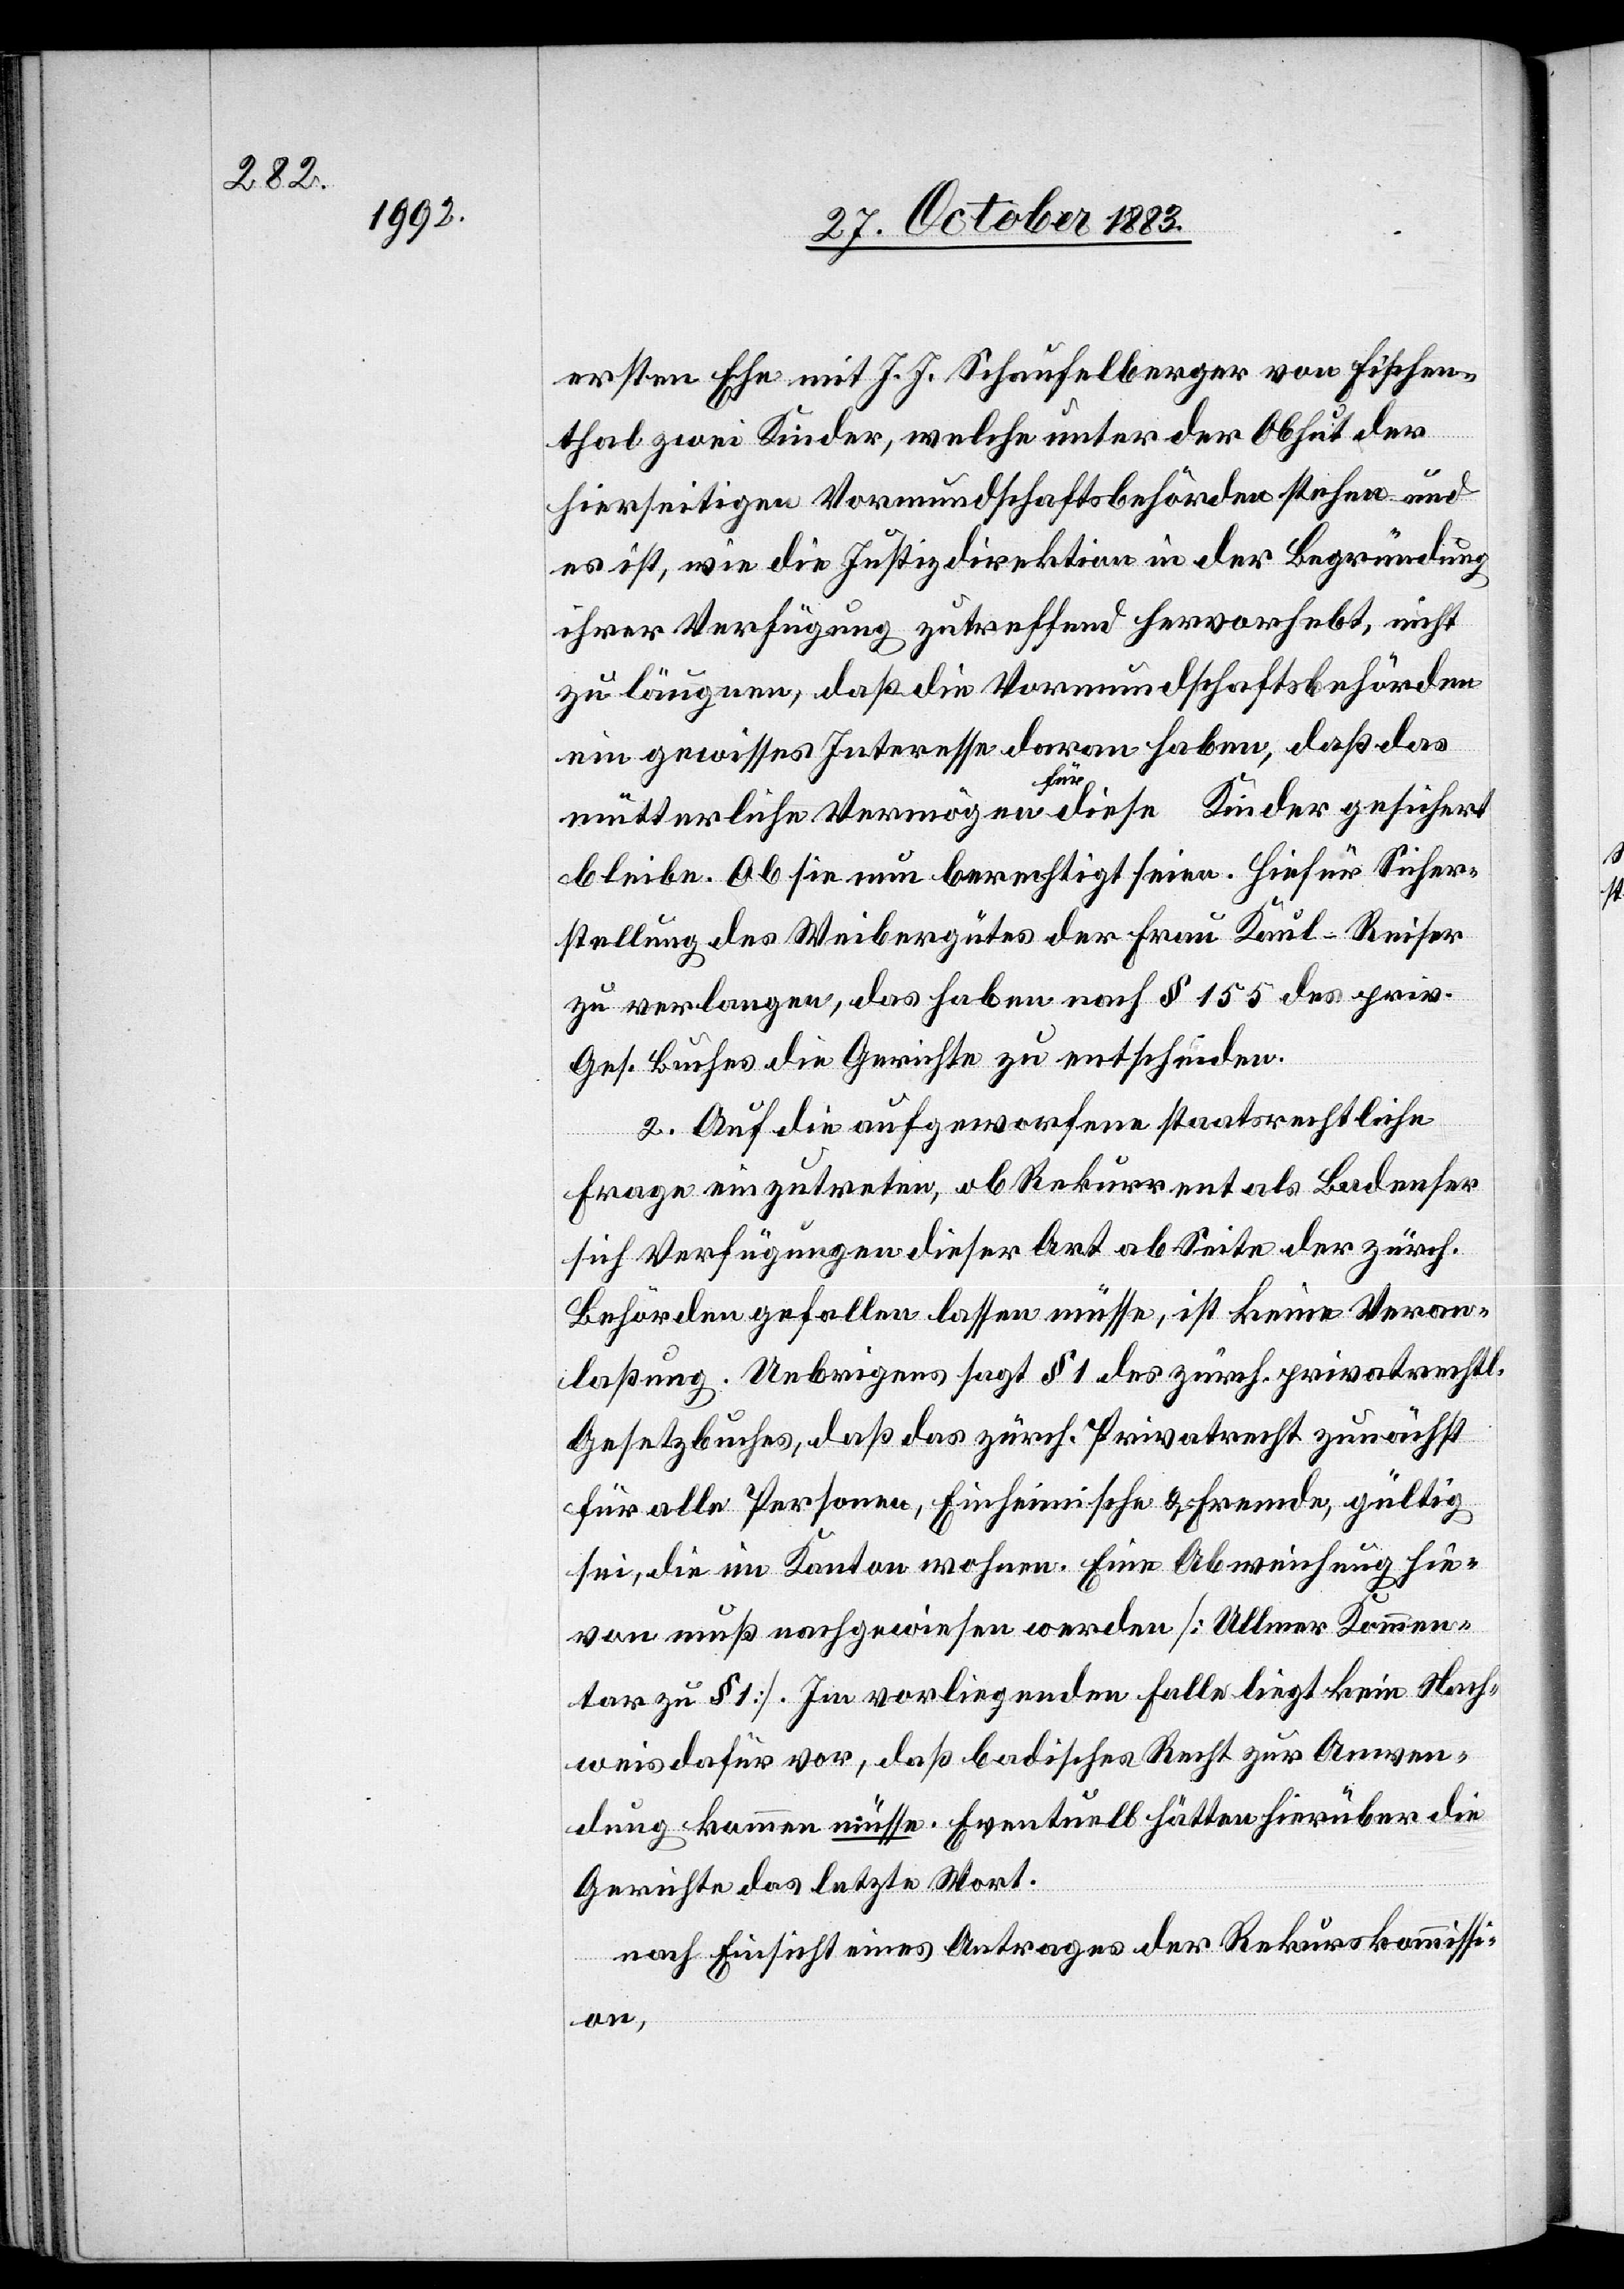
ersten Ehe mit J. J. Schaufelberger von Fischen¬
thal zwei Kinder, welche unter der Obhut der
hierseitigen Vormundschaftsbehörden stehen und
es ist, wie die Justizdirektion in der Begründung
ihrer Verfügung zutreffend hervorhebt, nicht
zu läugnen, daß die Vormundschaftsbehörden
ein gewisses Interesse daran haben, daß das
mütterliche Vermögen für diese Kinder gesichert
bleibe. Ob sie nun berechtigt seien. [sic!] Hiefür Sicher¬
stellung des Weibergutes der Frau Kaul-Reiser
zu verlangen, das haben nach § 155 des priv.
Ges. Buches die Gerichte zu entscheiden.
2. Auf die aufgeworfene staatsrechtliche
Frage einzutreten, ob Rekurrent als Badenser
sich Verfügungen dieser Art ab Seite der zürch.
Behörden gefallen lassen müsse, ist keine Veran¬
laßung. Uebrigens sagt § 1 des zürch. privatrechtl.
Gesetzbuches, daß das zürch. Privatrecht zunächst
für alle Personen, Einheimische & Fremde, gültig
sei, die im Kanton wohnen. Eine Abweichung hie¬
von muß nachgewiesen werden [Ullmer Kommen¬
tar zu § 1]. Im vorliegenden Falle liegt kein Nach¬
weis dafür vor, daß badisches Recht zur Anwen¬
dung kommen müsse. Eventuell hätten hierüber die
Gerichte das letzte Wort.
nach Einsicht eines Antrages der Rekurskommissi¬
on,